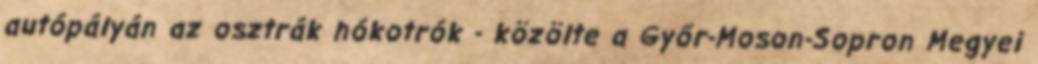
autópályán az osztrák hókotrók - közölte a Győr-Moson-Sopron Megyei